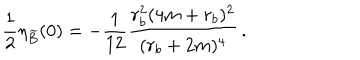
\frac { 1 } { 2 } \eta _ { \widetilde B } ( 0 ) = - \frac { 1 } { 1 2 } \frac { r _ { b } ^ { 2 } ( 4 m + r _ { b } ) ^ { 2 } } { ( r _ { b } + 2 m ) ^ { 4 } } \, .